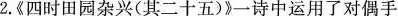
2.《四时田园杂兴(其二十五)》一诗中运用了对偶手